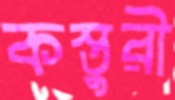
কস্তুরী